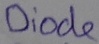
Text: Oiode